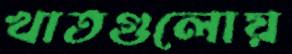
খাতগুলোয়